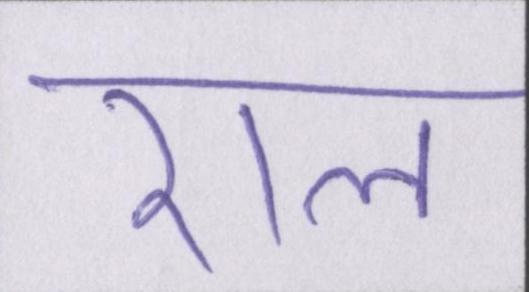
राल